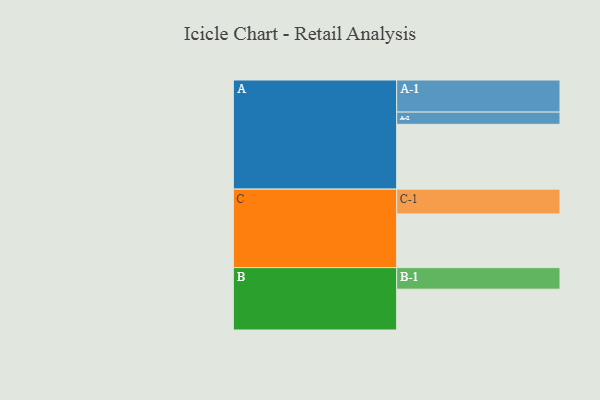
{"axis": {"x": "Segment", "y": "Value"}, "legend": ["", "A", "B", "C"], "data": [{"x": "A", "y": 535, "type": ""}, {"x": "B", "y": 337, "type": ""}, {"x": "C", "y": 443, "type": ""}, {"x": "A-1", "y": 265, "type": "A"}, {"x": "A-2", "y": 101, "type": "A"}, {"x": "B-1", "y": 178, "type": "B"}, {"x": "C-1", "y": 205, "type": "C"}]}